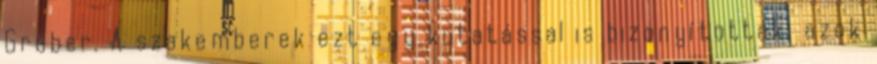
Gruber. A szakemberek ezt egy kutatással is bizonyították: azok